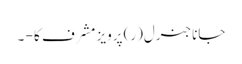
جاناجنرل(ر) پرویز مشرف کا - ۔